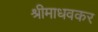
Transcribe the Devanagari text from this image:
श्रीमाधवकर